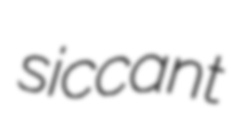
siccant